Scottish Certificate of Education, 1963
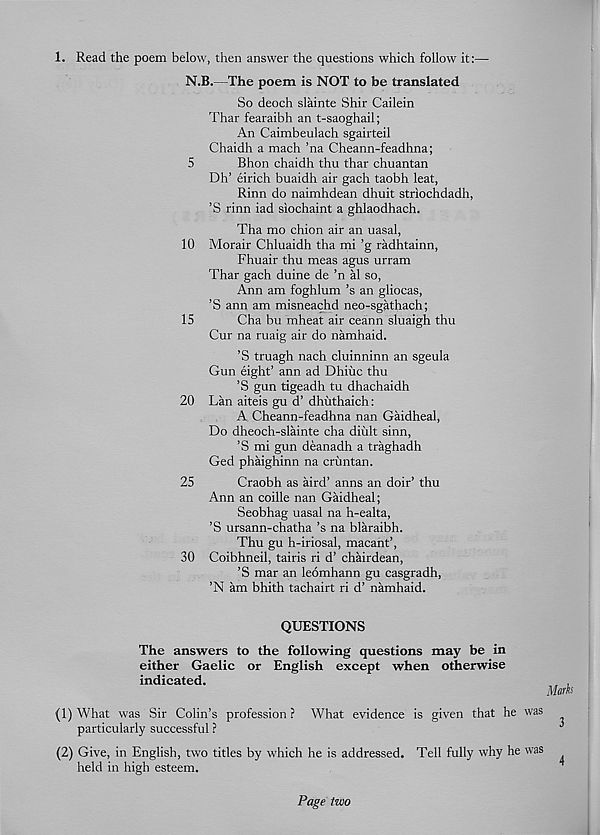
1. Read the poem below, then answer the questions which follow it:—
N.B.—The poem is NOT to be translated
So deoch slainte Shir Cailein
Thar fearaibh an t-saoghail;
An Caimbeulach sgairteil
Chaidh a mach ’na Cheann-feadhna;
5
Bhon chaidh thu thar chuantan
Dh’ eirich buaidh air gach taobh leat,
Rinn do naimhdean dhuit striochdadh,
’S rinn iad siochaint a ghlaodhach.
Tha mo chion air an nasal,
10 Morair Chluaidh tha mi ’g radhtainn,
Fhuair thu meas agus urram
Thar gach duine de ’n al so,
Ann am foghlum’s an gliocas,
’S ann am misneachd neo-sgathach;
15
Cha bu mheat air ceann sluaigh thu
Cur na ruaig air do namhaid.
’S truagh nach cluinninn an sgeula
Gun eight’ ann ad Dhiuc thu
’S gun tigeadh tu dhachaidh
20 Lan aiteis gu d’ dhiithaich:
A Cheann-feadhna nan Gaidheal,
Do dheoch-slainte cha dibit sinn,
’S mi gun deanadh a traghadh
Ged phaighinn na crimtan.
25
Craobh as aird’ anns an doir’ thu
Ann an coille nan Gaidheal;
Seobhag uasal na h-ealta,
’S ursann-chatha’s na blaraibh.
Thu gu h-iriosal, macant’,
30 Coibhneil, tairis ri d’ chairdean,
’S mar an leomhann gu casgradh,
’N am bhith tachairt ri d’ namhaid.
QUESTIONS
The answers to the following questions may be in
either Gaelic or English except when otherwise
indicated.
,
Mark
(1) What was Sir Colin’s profession ? What evidence is given that he was
particularly successful ?
■’
(2) Give, in English, two titles by which he is addressed. Tell fully why he was
held in high esteem.
Page two